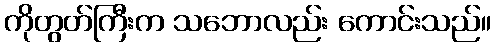
ကိုတွတ်ကြီးက သဘောလည်း ကောင်းသည်။